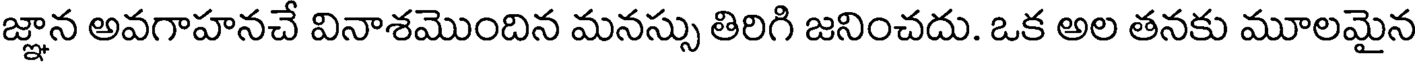
జ్ఞాన అవగాహనచే వినాశమొందిన మనస్సు తిరిగి జనించదు. ఒక అల తనకు మూలమైన